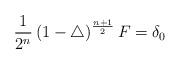
LaTeX: \begin{align*}\frac{1}{2^{n}}\left(1-\triangle\right)^{\frac{n+1}{2}}F=\delta_{0}\end{align*}